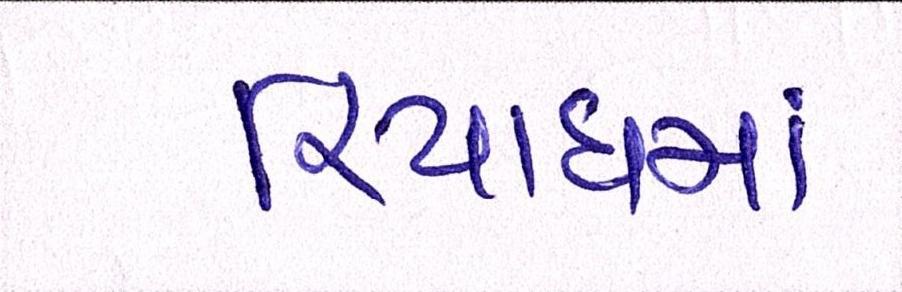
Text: રિયાધમાં